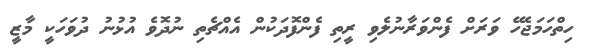
ހިތްހަމަޖެހޭ ވަރަށް ފެންވަރާނުލެވި ރީތި ފެންފޮދަކުން އެއްޗެތި ނުދޮވެ އުޅުނު ދުވަހަކީ މާޒީ